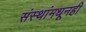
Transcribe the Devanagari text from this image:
संस्थांमधूनही